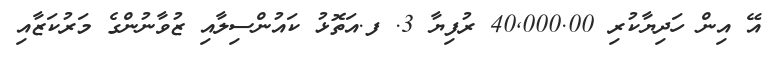
އޭ އިން ހަދިޔާކުރި 40